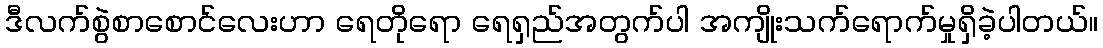
ဒီလက်စွဲစာစောင်လေးဟာ ရေတိုရော ရေရှည်အတွက်ပါ အကျိုးသက်ရောက်မှုရှိခဲ့ပါတယ်။